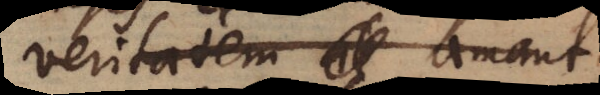
veritatem amant